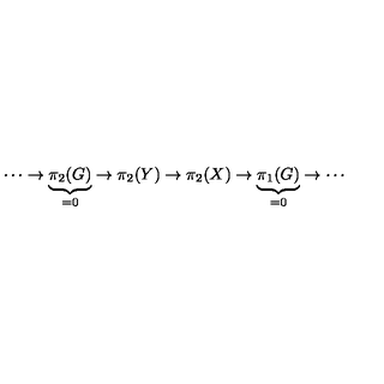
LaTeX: \cdots \to \underbrace { \pi _ { 2 } ( G ) } _ { = 0 } \to \pi _ { 2 } ( Y ) \to \pi _ { 2 } ( X ) \to \underbrace { \pi _ { 1 } ( G ) } _ { = 0 } \to \cdots